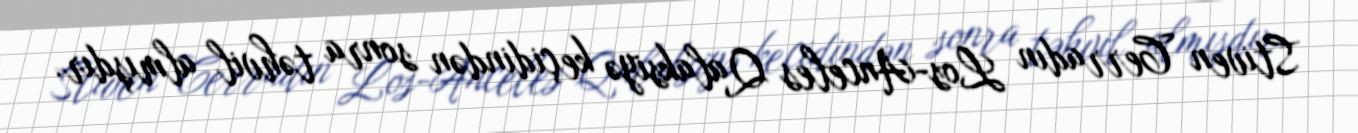
Stiven Cerradın Los-Anceles Qalaksiyə keçidindən sonra təhvil almışdır.